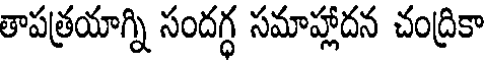
తాపత్రయాగ్ని సందగ్ధ సమాహ్లాదన చంద్రికా